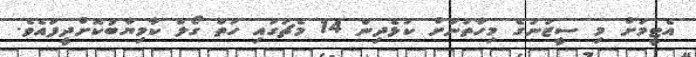
އެޓީމަށް މި ސީޒަނުގެ މިހާތަނަށް ކުޅެދިން 14 މެޗުގައި ހަތް ގޯލް ކާމިޔާބުކޮށްދީފައެވެ.